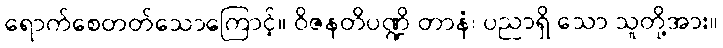
ရောက်စေတတ်သောကြောင့်။ ဝိဇနတိပဏ္ဍိ တာနံ၊ ပညာရှိ သော သူတို့အား။